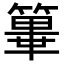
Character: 𥴂